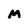
Character: M